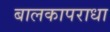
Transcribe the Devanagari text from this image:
बालकापराधा